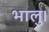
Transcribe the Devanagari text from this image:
भालु।